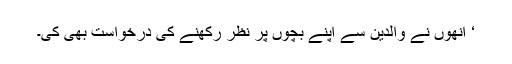
‘ انھوں نے والدین سے اپنے بچوں پر نظر رکھنے کی درخواست بھی کی۔